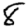
Digit: 8